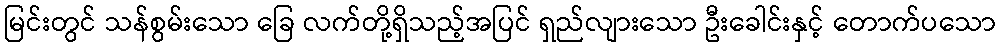
မြင်းတွင် သန်စွမ်းသော ခြေ လက်တို့ရှိသည့်အပြင် ရှည်လျားသော ဦးခေါင်းနှင့် တောက်ပသော